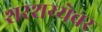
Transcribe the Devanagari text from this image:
शरशय्येवर